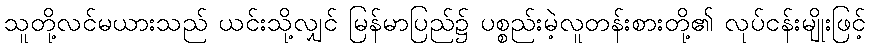
သူတို့လင်မယားသည် ယင်းသို့လျှင် မြန်မာပြည်၌ ပစ္စည်းမဲ့လူတန်းစားတို့၏ လုပ်ငန်းမျိုးဖြင့်